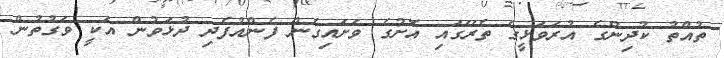
ތުއްތު ކުދިންގެ އުރަވަޅީގެ ތެރޭގައި އޮށުގެ ވަށައިގެން ފެންއުފެދި ދުޅަވުން އަކީ ވަގުތުން